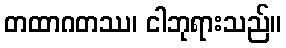
တထာဂတဿ၊ ငါဘုရားသည်။